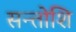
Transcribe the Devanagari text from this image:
सन्तोशि